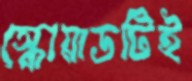
স্কোয়াডটিই